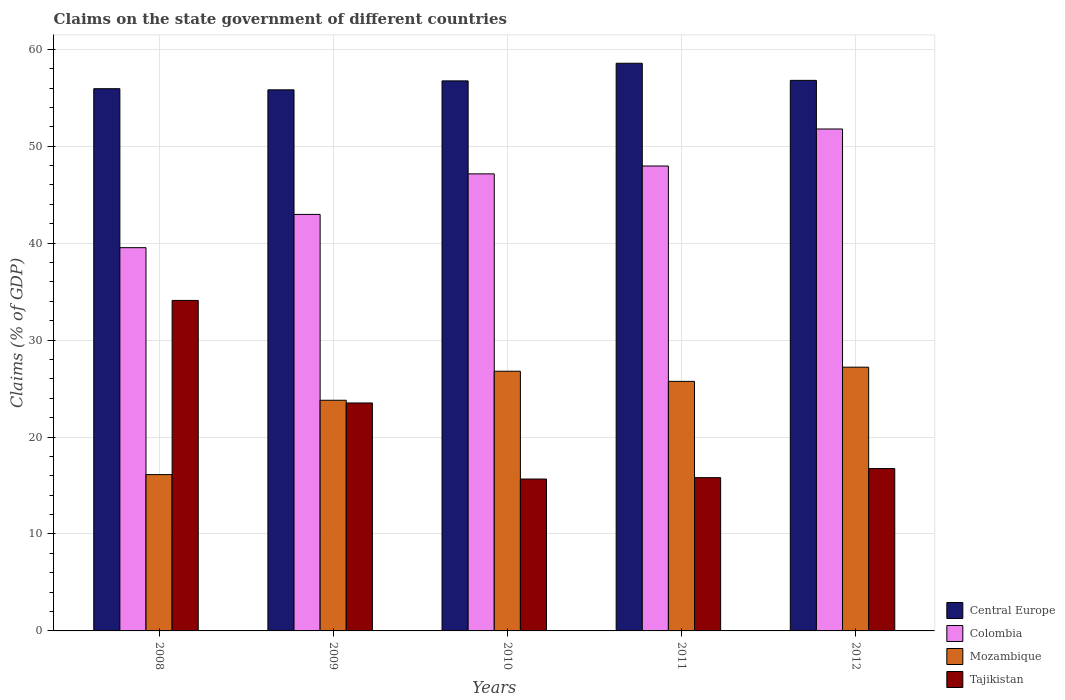
| Years | Central Europe | Colombia | Mozambique | Tajikistan |
 | --- | --- | --- | --- | --- |
 | 2008 | 55.9 | 39.5 | 16.1 | 34.1 |
 | 2009 | 55.8 | 43 | 23.8 | 23.5 |
 | 2010 | 56.7 | 47.1 | 26.8 | 15.7 |
 | 2011 | 58.6 | 48 | 25.7 | 15.8 |
 | 2012 | 56.8 | 51.8 | 27.2 | 16.7 |